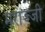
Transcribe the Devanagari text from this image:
मराज्जी